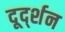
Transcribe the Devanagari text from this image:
दूर्द्शन